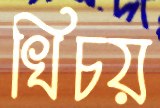
খিচয়